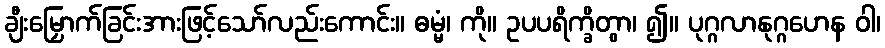
ချီးမြှောက်ခြင်းအားဖြင့်သော်လည်းကောင်း။ ဓမ္မံ၊ ကို။ ဥပပရိက္ခိတွာ၊ ၍။ ပုဂ္ဂလာနုဂ္ဂဟေန ဝါ၊